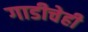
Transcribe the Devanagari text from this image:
गाडीचेही